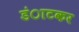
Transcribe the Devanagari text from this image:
डंाटकर